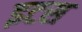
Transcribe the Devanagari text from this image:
इटस